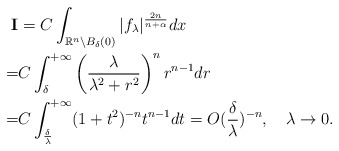
\begin{align*} \textbf{I}&=C\int_{\mathbb{R}^n\backslash B_\delta(0)}|f_\lambda|^{\frac{2n}{n+\alpha}}dx\\ =&C\int_\delta^{+\infty}\left(\frac\lambda{\lambda^2+r^2}\right)^n r^{n-1}dr\\ =&C\int_{\frac\delta\lambda}^{+\infty}(1+t^2)^{-n}t^{n-1}dt=O(\frac\delta\lambda)^{-n},\quad\lambda\rightarrow 0.\end{align*}